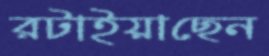
রটাইয়াছেন